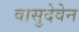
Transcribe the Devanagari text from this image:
वासुदेवेन